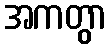
အကတွာ